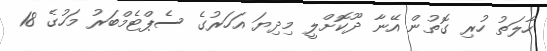
ހާލަތު ހުރި ގޮތުން އޭނާ ދޫކޮށްލީ މިދިޔަ އަހަރުގެ ސެޕްޓެމްބަރު މަހުގެ 18